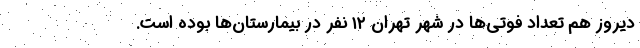
دیروز هم تعداد فوتی‌ها در شهر تهران ۱۲ نفر در بیمارستان‌ها بوده است.